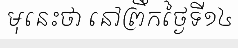
មុនេះថា នៅព្រឹកថ្ងៃទី១៤